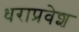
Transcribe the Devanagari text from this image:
धराप्रवेश